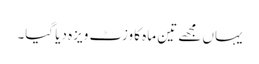
یہاں مجھے تین ماہ کا وزٹ ویزہ دیا گیا۔